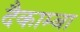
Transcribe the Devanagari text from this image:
दैकाम्बा